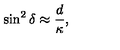
\sin ^ { 2 } { \delta } \approx \frac { d } { \kappa } ,